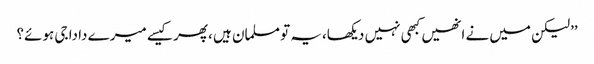
’’لیکن میں نے انھیں کبھی نہیں دیکھا،یہ تو مسلمان ہیں ،پھر کیسے میرے دادا جی ہوئے؟